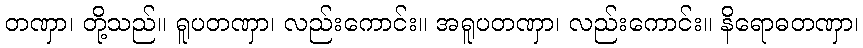
တဏှာ၊ တို့သည်။ ရူပတဏှာ၊ လည်းကောင်း။ အရူပတဏှာ၊ လည်းကောင်း။ နိရောဓတဏှာ၊